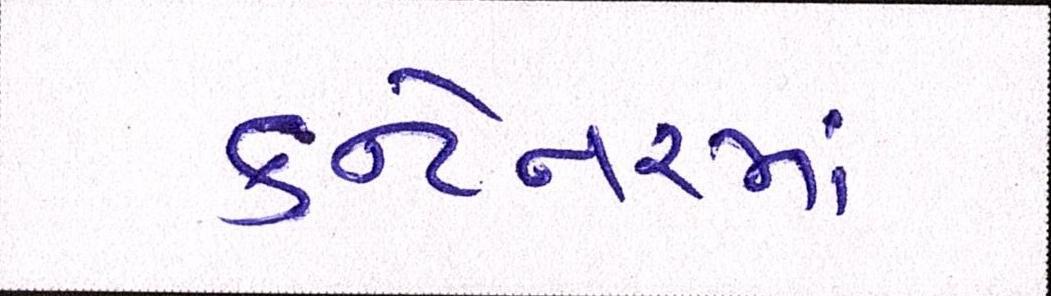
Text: કન્ટેનરમાં